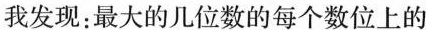
最大的数最小的数三位数四位数五位数我发现：最大的几位数的每个数位上的